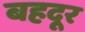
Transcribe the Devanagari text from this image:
बहदूर